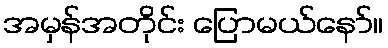
အမှန်အတိုင်း ပြောမယ်နော်။